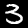
Digit: 3